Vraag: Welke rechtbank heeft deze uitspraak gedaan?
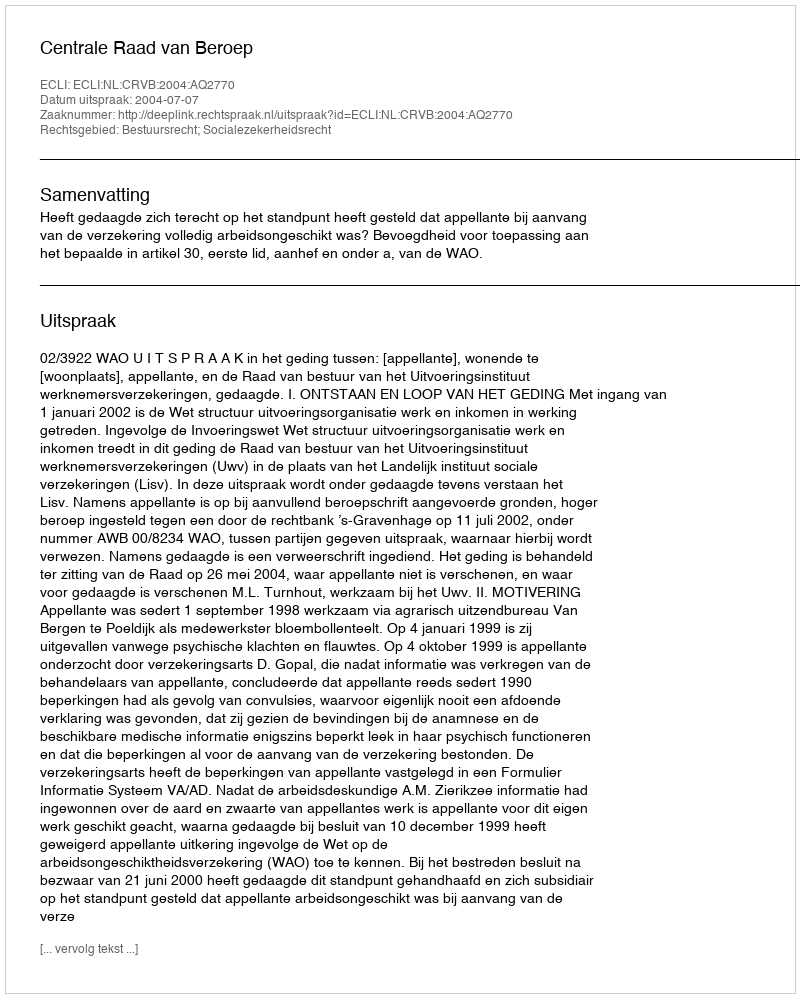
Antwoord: Centrale Raad van Beroep